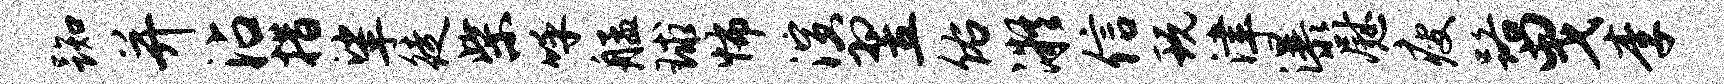
踟并沾措挲徒柴呼艋球怖演翌佑凝信玩津瀑慰瘦路曳李